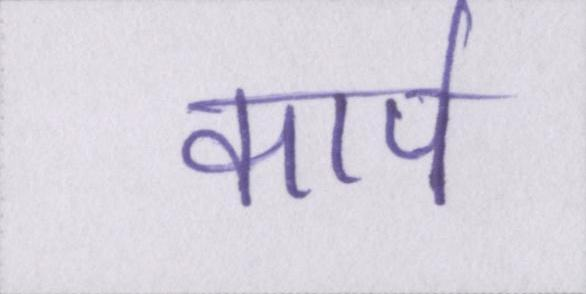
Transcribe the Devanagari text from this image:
कार्प